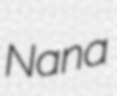
Nana